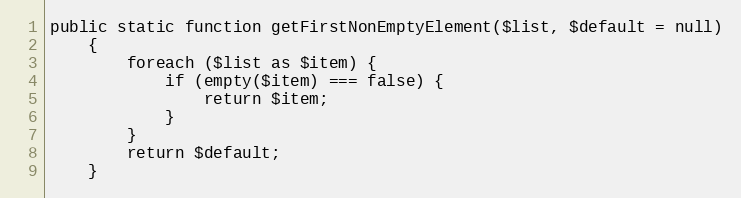
Language: PHP
public static function getFirstNonEmptyElement($list, $default = null)
    {
        foreach ($list as $item) {
            if (empty($item) === false) {
                return $item;
            }
        }
        return $default;
    }